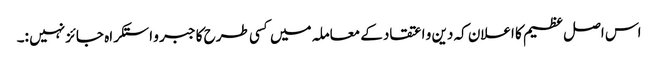
اس اصل عظیم کا اعلان کہ دین و اعتقاد کے معاملہ میں کسی طرح کا جبر و استکراہ جائز نہیں :۔